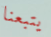
يتبعنا